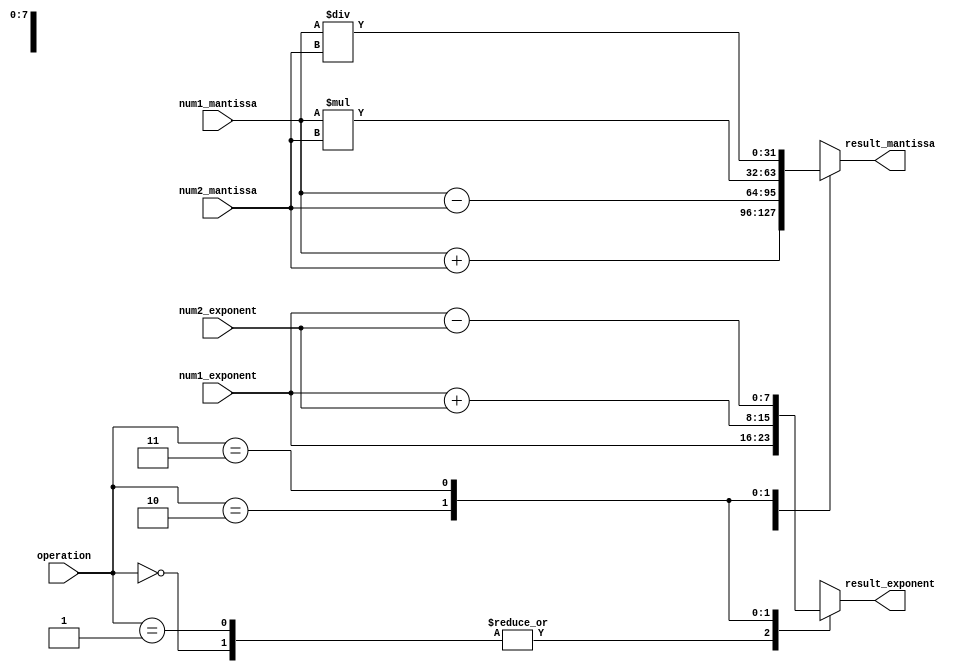
module floating_point_unit (
    input [31:0] num1_mantissa,
    input [7:0] num1_exponent,
    input [31:0] num2_mantissa,
    input [7:0] num2_exponent,
    input [1:0] operation, // 00 - addition, 01 - subtraction, 10 - multiplication, 11 - division
    output reg [31:0] result_mantissa,
    output reg [7:0] result_exponent
);

always @(*) begin
    case (operation)
        2'b00: // addition
            begin
                // Perform addition operation
                result_mantissa = num1_mantissa + num2_mantissa;
                result_exponent = num1_exponent; // Exponents are the same for addition
            end
        2'b01: // subtraction
            begin
                // Perform subtraction operation
                result_mantissa = num1_mantissa - num2_mantissa;
                result_exponent = num1_exponent; // Exponents are the same for subtraction
            end
        2'b10: // multiplication
            begin
                // Perform multiplication operation
                result_mantissa = num1_mantissa * num2_mantissa;
                result_exponent = num1_exponent + num2_exponent; // Exponents are added for multiplication
            end
        2'b11: // division
            begin
                // Perform division operation
                result_mantissa = num1_mantissa / num2_mantissa;
                result_exponent = num1_exponent - num2_exponent; // Exponents are subtracted for division
            end
    endcase
end

endmodule